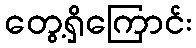
တွေ့ရှိကြောင်း